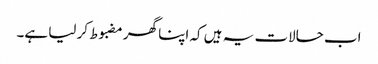
اب حالات یہ ہیں کہ اپنا گھر مضبوط کر لیا ہے۔